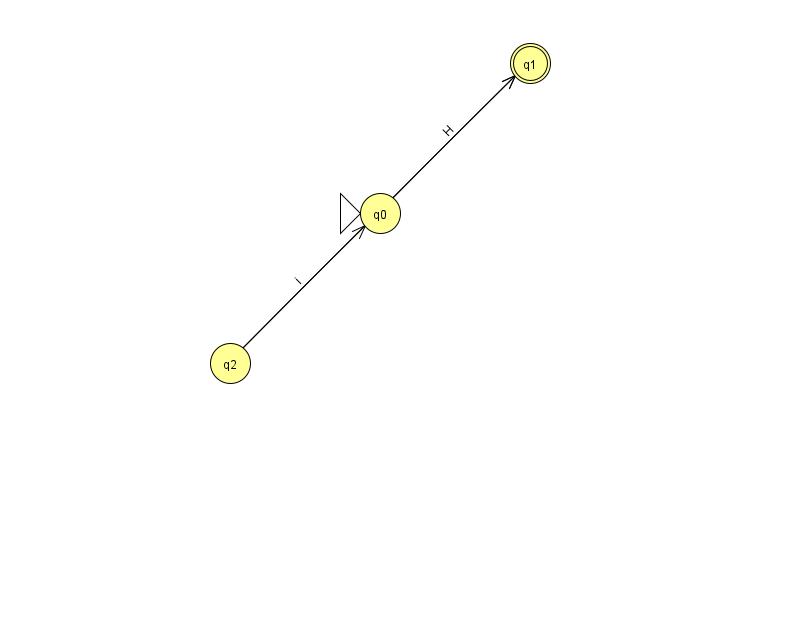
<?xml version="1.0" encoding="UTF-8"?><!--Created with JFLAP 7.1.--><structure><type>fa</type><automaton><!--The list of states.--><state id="0" name="q0"><x>380.0</x><y>200.0</y><initial/></state><state id="1" name="q1"><x>530.0</x><y>50.0</y><final/></state><state id="2" name="q2"><x>230.0</x><y>350.0</y></state><!--The list of transitions.--><transition><from>2</from><to>0</to><read>i</read></transition><transition><from>0</from><to>1</to><read>H</read></transition><transition><from>2</from><to>1</to><read>o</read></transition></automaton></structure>